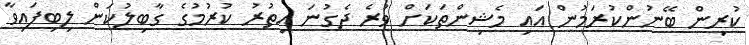
ކުރިން ބޭނުންކުރަމުން އައި މެޝިންތަކަށް ވުރެ ދެގުނަ އިތުރު ކުރުމުގެ ގާބިލުކަން ލިބިފައިވާ